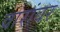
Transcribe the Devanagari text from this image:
वारांवर